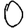
Digit: 0